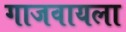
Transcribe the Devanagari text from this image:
गाजवायला